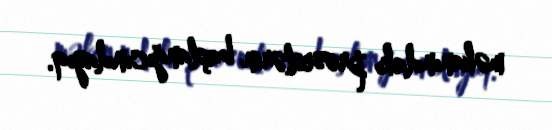
məkanındakı proseslərin başlanğıcındayıq.